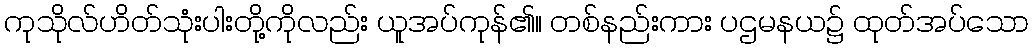
ကုသိုလ်ဟိတ်သုံးပါးတို့ကိုလည်း ယူအပ်ကုန်၏။ တစ်နည်းကား ပဌမနယ၌ ထုတ်အပ်သော